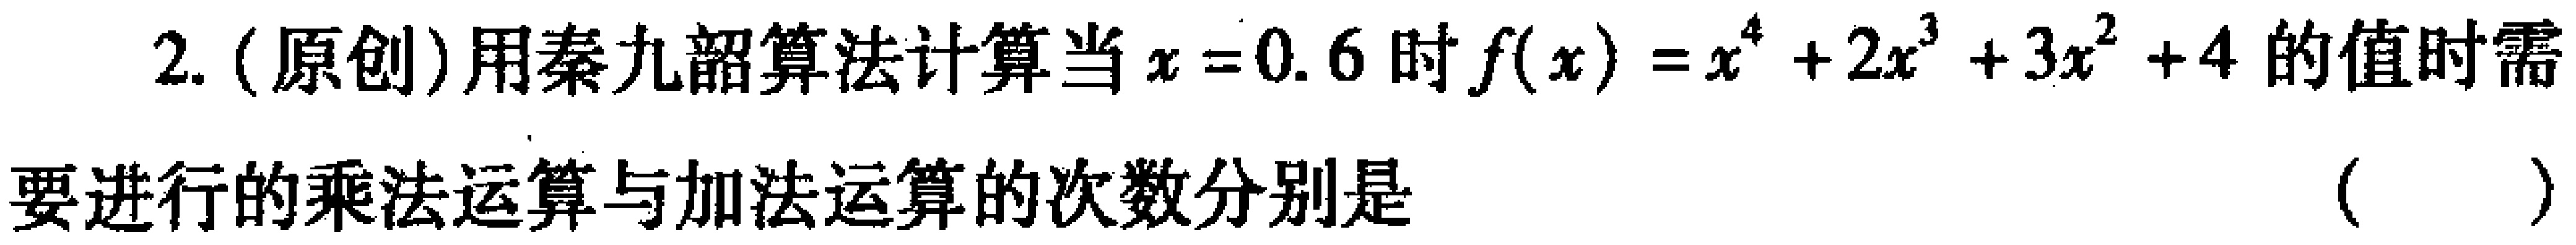
2. (原创)用秦九韶算法计算当\(x = 0.6\)时\(f(x)=x^{4}+2x^{3}+3x^{2}+4\)的值时需

要进行的乘法运算与加法运算的次数分别是 （  ）